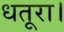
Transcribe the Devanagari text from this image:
धतूरा।